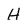
Character: H